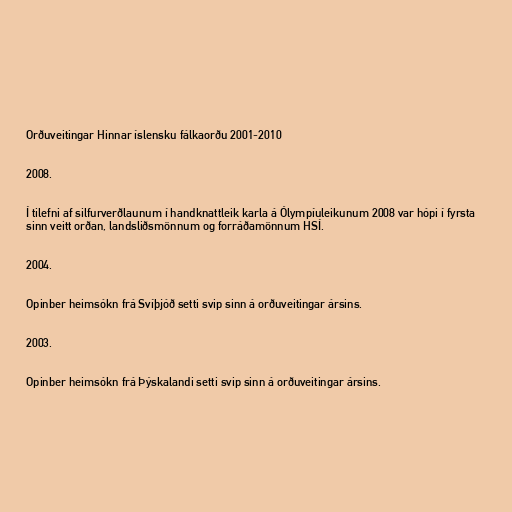
Orðuveitingar Hinnar íslensku fálkaorðu 2001-2010

2008.

Í tilefni af silfurverðlaunum í handknattleik karla á Ólympíuleikunum 2008 var hópi í fyrsta
sinn veitt orðan, landsliðsmönnum og forráðamönnum HSÍ.

2004.

Opinber heimsókn frá Svíþjóð setti svip sinn á orðuveitingar ársins.

2003.

Opinber heimsókn frá Þýskalandi setti svip sinn á orðuveitingar ársins.